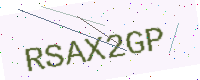
Text: RSAX2GP